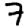
Digit: 7